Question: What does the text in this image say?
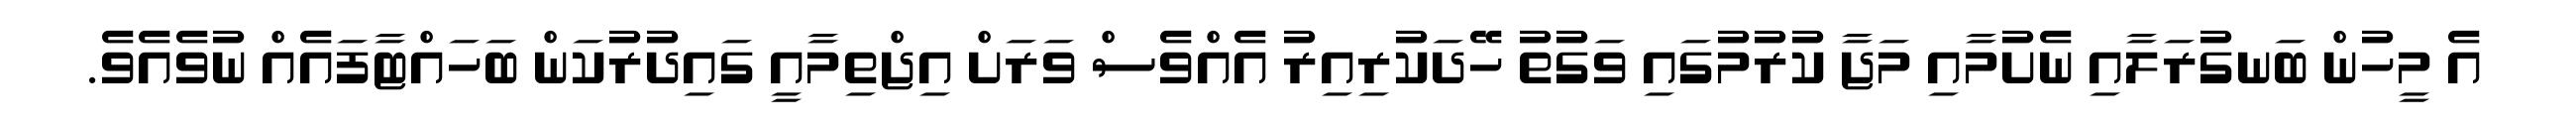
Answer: އެ މީހުން ބަނގުރަލާއި ނެށުމާއި މަޖާ ކުރުމުގައި ވަގުތު ހޭދަކުރިއިރު އެއްވެސް ވަރަށް އިޖްތިމާއީ ގައިދުރުކަން ބަހައްޓާފައެއް ނުވެއެވެ.